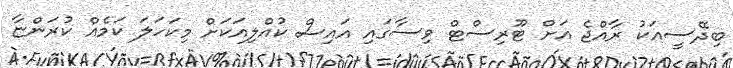
ބިދޭސީއަކު ރާއްޖެ އަށް ޓޫރިސްޓް ވިސާގައި އައިސް ކުއްލިއަކަށް މިކަހަލަ ކަމެއް ކުރަންޏާ